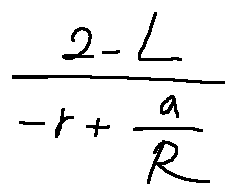
\frac { 2 - L } { - r + \frac { a } { R } }